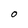
Character: O